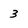
Character: 3